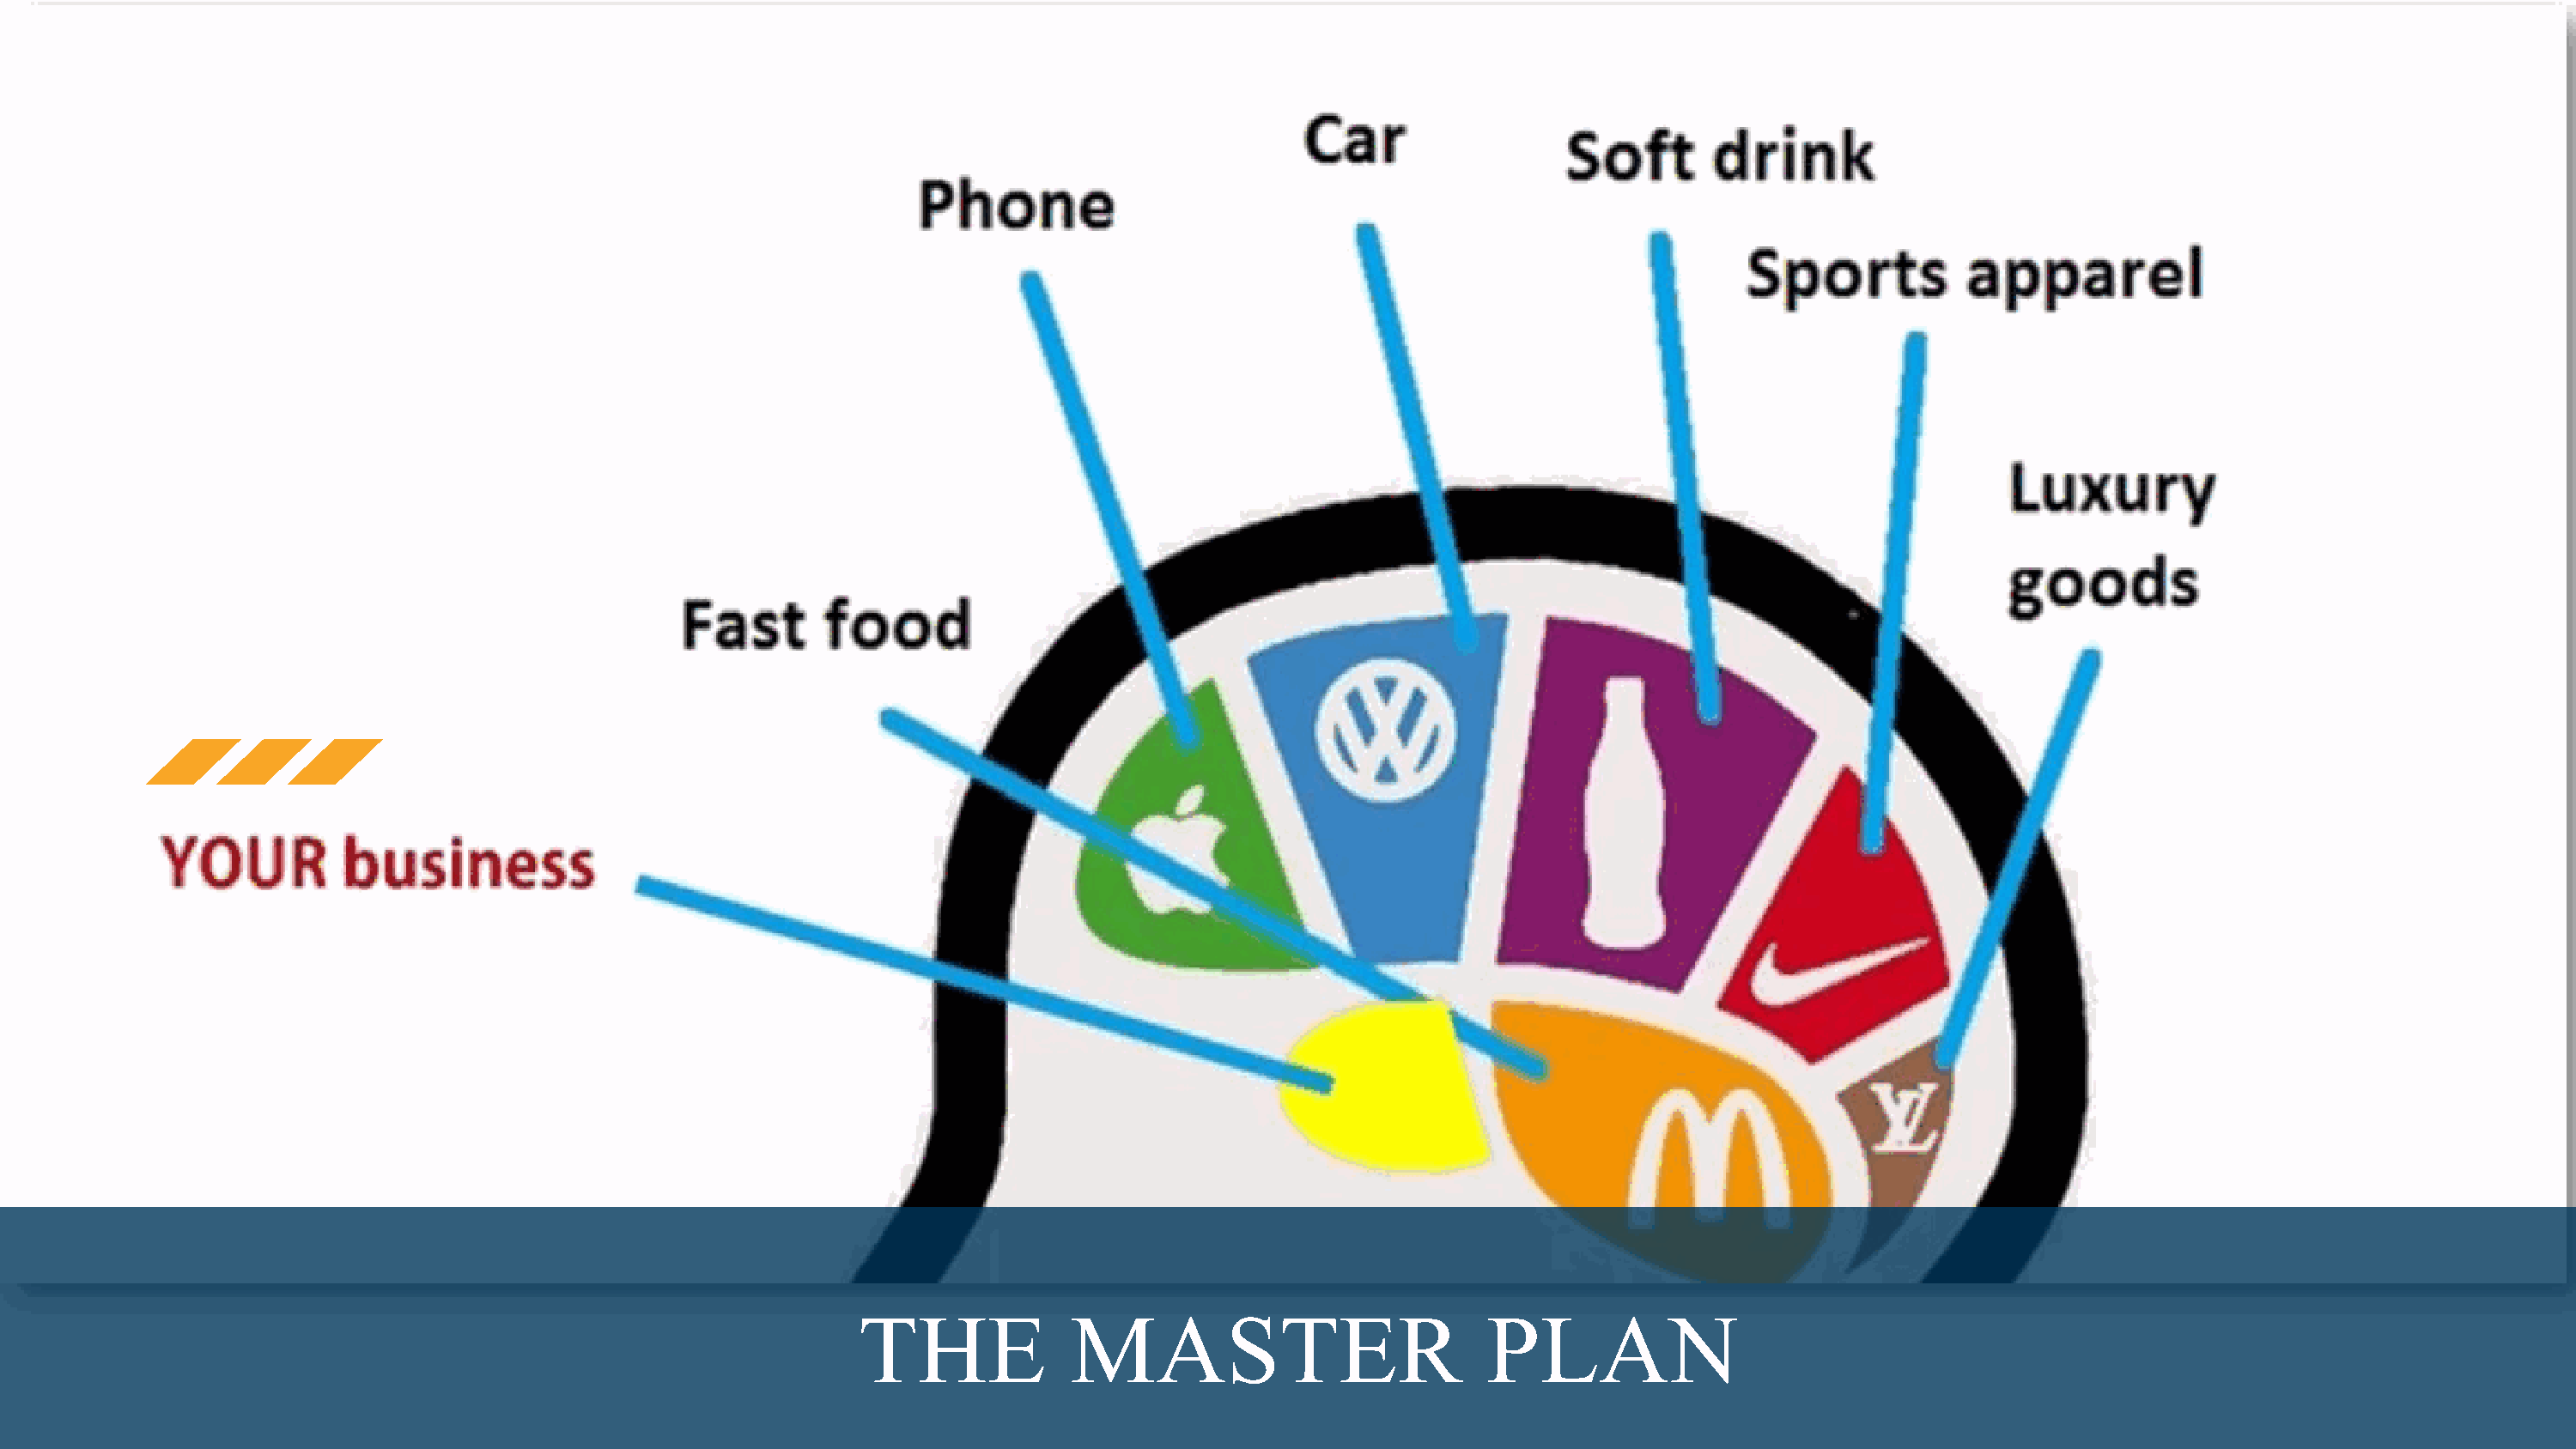
THE              MASTER                          PLAN